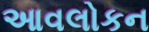
આવલોકન